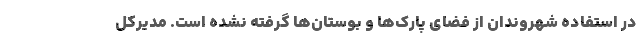
در استفاده شهروندان از فضای پارک‌ها و بوستان‌ها گرفته نشده است. مدیرکل